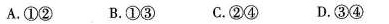
A.①② B.①③C.②④ D.③④